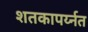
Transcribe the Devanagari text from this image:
शतकापर्य्नत